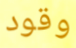
وقود